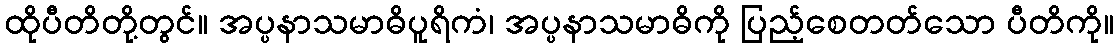
ထိုပီတိတို့တွင်။ အပ္ပနာသမာဓိပူရိကံ၊ အပ္ပနာသမာဓိကို ပြည့်စေတတ်သော ပီတိကို။